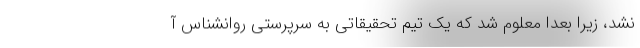
نشد، زیرا بعداً معلوم شد که یک تیم تحقیقاتی به سرپرستی روانشناس آ